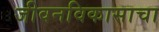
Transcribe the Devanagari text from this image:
जीवनविकासाचा